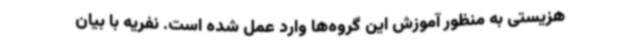
هزیستی به منظور آموزش این گروه‌ها وارد عمل شده‌ است. نفریه با بیان